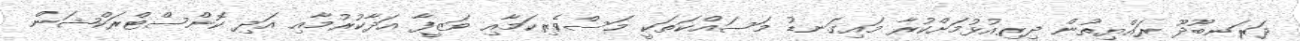
ދަރަނބޫދޫ ރައްޔިތުން ދިރިއުޅުމަށްކުރާ މައިގަނޑު މަސައްކަތަކީ މަސްވެރިކަމާއި ވަޒީފާ އަދާކުރުމާއި އަދި ކޮންސްޓްރަކްޝަން